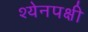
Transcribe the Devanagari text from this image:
श्येनपक्षी